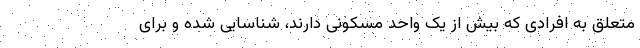
متعلق به افرادی که بیش از یک واحد مسکونی دارند، شناسایی شده و برای